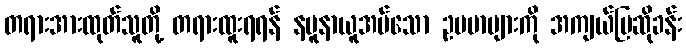
တရားအားထုတ်သူတို့ တရားထူးရရန် နမူနာယူအပ်သော ဥပမာများကို အကျယ်ပြဆိုခန်း